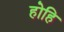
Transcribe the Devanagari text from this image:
होहि